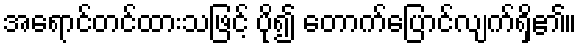
အရောင်တင်ထားသဖြင့် ပို၍ တောက်ပြောင်လျက်ရှိ၏။